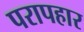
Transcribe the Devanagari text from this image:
परापहार